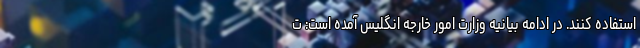
استفاده کنند. در ادامه بیانیه وزارت امور خارجه انگلیس آمده است: ت